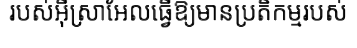
របស់អ៊ីស្រាអែលធ្វើឱ្យមានប្រតិកម្មរបស់